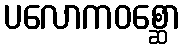
ပလောကဝစ္ဆော